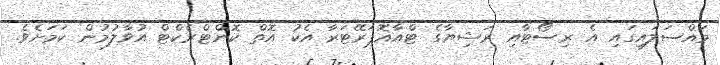
މައްސަލައިގައި އެ ރިސޯޓާއި ރަޝިޔާގެ ޓްއާއޮޕަރޭޓަރާ އެކު އޮތް ކޮންޓްރެކްޓް އުވާލުމުން ކަމަށެވެ.